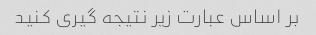
بر اساس عبارت زیر نتیجه گیری کنید